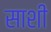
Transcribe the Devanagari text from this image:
साशी